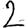
Digit: 2